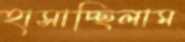
হাসাচ্ছিলাম